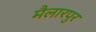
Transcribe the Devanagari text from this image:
मैलारपुर